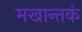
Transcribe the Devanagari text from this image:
मखान्तकं